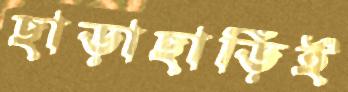
ছাড়াছাড়িই